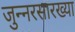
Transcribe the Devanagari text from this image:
जुन्नरसारख्या